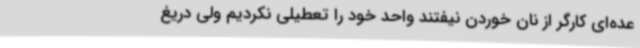
عده‌ای کارگر از نان خوردن نیفتند واحد خود را تعطیلی نکردیم ولی دریغ